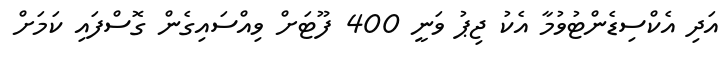
އަދި އެކްސިޑެންޓުވުމާ އެކު ޖިޕު ވަނީ 400 ފޫޓަށް ވިއްސައިގެން ގޮސްފައި ކަމަށް